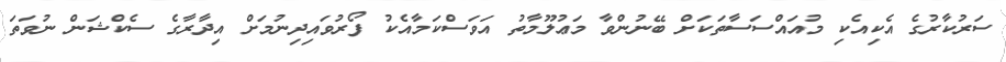
ސަރުކާރުގެ އެކިއެކި މުއައްސަސާތަކަށް ބޭނުންވާ މަޢުލޫމާތު އަވަސްކަމާއެކު ފޯރުވައިދިނުމަށް އިދާރާގެ ސެކްޝަން ނުވަތަ